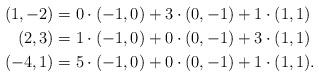
LaTeX: \begin{align*}(1,-2) & = 0\cdot(-1,0) + 3\cdot(0,-1) + 1\cdot(1,1)\\(2,3) &= 1 \cdot (-1,0) + 0 \cdot(0,-1)+ 3 \cdot(1,1)\\(-4,1) &= 5 \cdot(-1,0) + 0 \cdot(0,-1) + 1 \cdot(1,1).\end{align*}